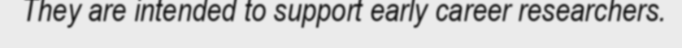
They are intended to support early career researchers.